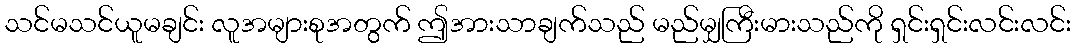
သင်မသင်ယူမချင်း လူအများစုအတွက် ဤအားသာချက်သည် မည်မျှကြီးမားသည်ကို ရှင်းရှင်းလင်းလင်း